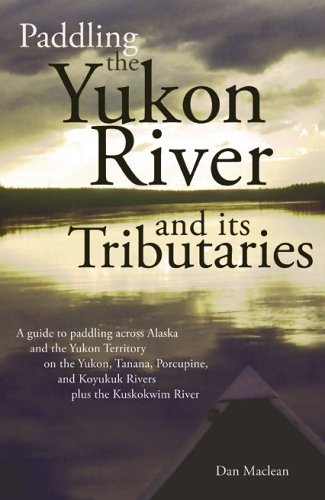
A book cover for Paddling the Yukon River and it's Tributaries; Dan Maclean; Sports & Outdoors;